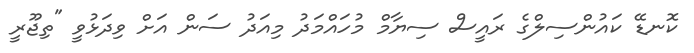
ކޮނޑޭ ކައުންސިލްގެ ރައީސް ސިޔާމް މުހައްމަދު މިއަދު ސަން އަށް ވިދަޅުވީ "ތިޖޫރީ